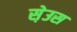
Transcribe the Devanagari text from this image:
स़ेउस